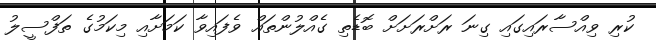
ކުރި ވިއްސާރައިގައި ގިނަ ރަށްރަށަށް ބޮޑެތި ގެއްލުންތައް ވެފައިވާ ކަމަށާއި މިކަމުގެ ތަފްސީލު